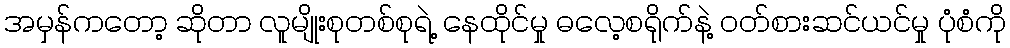
အမှန်ကတော့ ဆိုတာ လူမျိုးစုတစ်စုရဲ့ နေထိုင်မှု ဓလေ့စရိုက်နဲ့ ဝတ်စားဆင်ယင်မှု ပုံစံကို